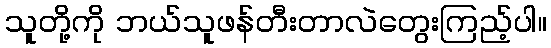
သူတို့ကို ဘယ်သူဖန်တီးတာလဲတွေးကြည့်ပါ။